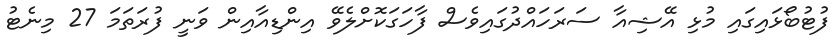
ފުޓުބޯޅައިގައި މުޅި އޭޝިއާ ސަރަހައްދުގައިވެސް ފާހަގަކޮށްލެވޭ އިންޑިއާއިން ވަނީ ފުރަތަމަ 27 މިނެޓު